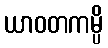
ယာဝတကမ္ပိ